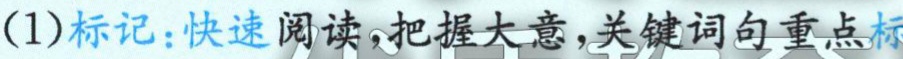
(1)标记：快速阅读,把握大意,关键词句重点标